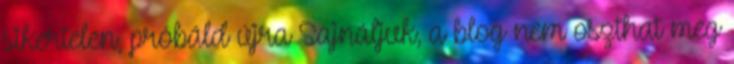
sikertelen, próbáld újra Sajnáljuk, a blog nem oszthat meg